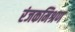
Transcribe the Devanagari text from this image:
रंजकमिश्रण